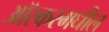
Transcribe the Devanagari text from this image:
आॅस्करमधील